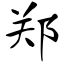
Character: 郑